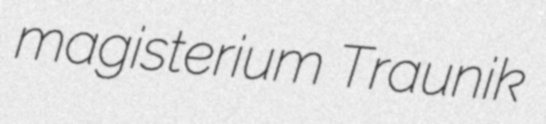
magisterium Traunik